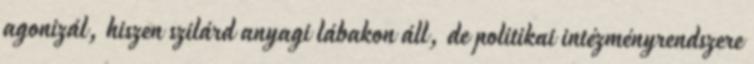
agonizál, hiszen szilárd anyagi lábakon áll, de politikai intézményrendszere